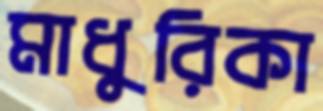
মাধুরিকা